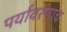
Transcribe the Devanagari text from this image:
पर्यावरणाच